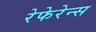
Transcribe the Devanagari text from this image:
रेफेरेन्स